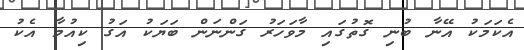
އެކަމަކު އޭނާ ބުނި ގޮތުގައި މާވަހަރު ގަންނަން ބަޔަކު އަގު ކިއުމާ އެކު